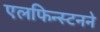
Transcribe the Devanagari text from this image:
एलफिन्स्टनने